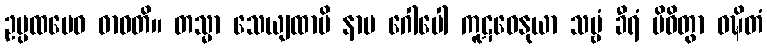
ဥပ္ပထမေဝ ဓာဝတိ။ တသ္မာ သေယျထာပိ နာမ ဂေါပေါ ကူဋဓေနုယာ သဗ္ဗံ ခီရံ ပိဝိတွာ ဝဍ္ဎိတံ